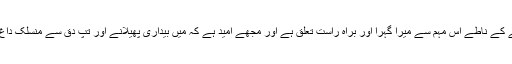
تَپِ دِق کا خود ایک مریض رہ چکنے کے ناطے اس مہم سے میرا گہرا اور براہ راست تعلق ہے اور مجھے امید ہے کہ میں بیداری پھیلانے اور تَپِ دِق سے منسلک داغ میں کمی لانے میں مدد کر پاؤں گا۔